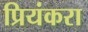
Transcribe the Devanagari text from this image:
प्रियंकरा